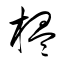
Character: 榲